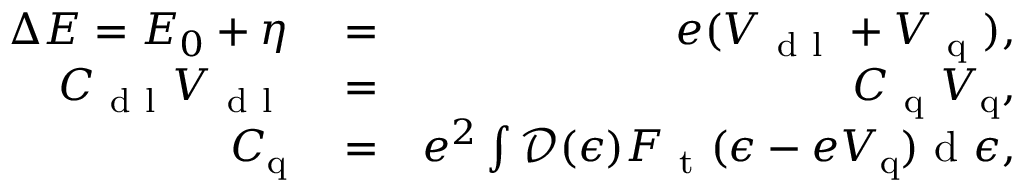
\begin{array} { r l r } { \Delta E = E _ { 0 } + \eta } & { { } = } & { e ( V _ { \mathrm { ~ d ~ l ~ } } + V _ { \mathrm { ~ q ~ } } ) , } \\ { C _ { \mathrm { ~ d ~ l ~ } } V _ { \mathrm { ~ d ~ l ~ } } } & { { } = } & { C _ { \mathrm { ~ q ~ } } V _ { \mathrm { q } } , } \\ { C _ { \mathrm { q } } } & { { } = } & { e ^ { 2 } \int \mathcal { D } ( \epsilon ) F _ { \mathrm { ~ t ~ } } ( \epsilon - e V _ { \mathrm { q } } ) \mathrm { ~ d ~ } \epsilon , } \end{array}